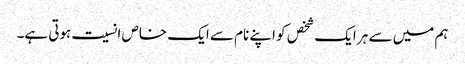
ہم میں سے ہر ایک شخص کو اپنے نام سے ایک خاص انسیت ہوتی ہے۔